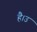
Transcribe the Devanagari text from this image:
है।उ